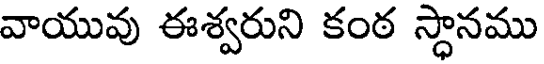
వాయువు ఈశ్వరుని కంఠ స్థానము